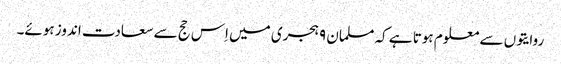
روایتوں سے معلوم ہوتا ہے کہ مسلمان ۹ ہجری میں اِس حج سے سعادت اندوز ہوئے۔